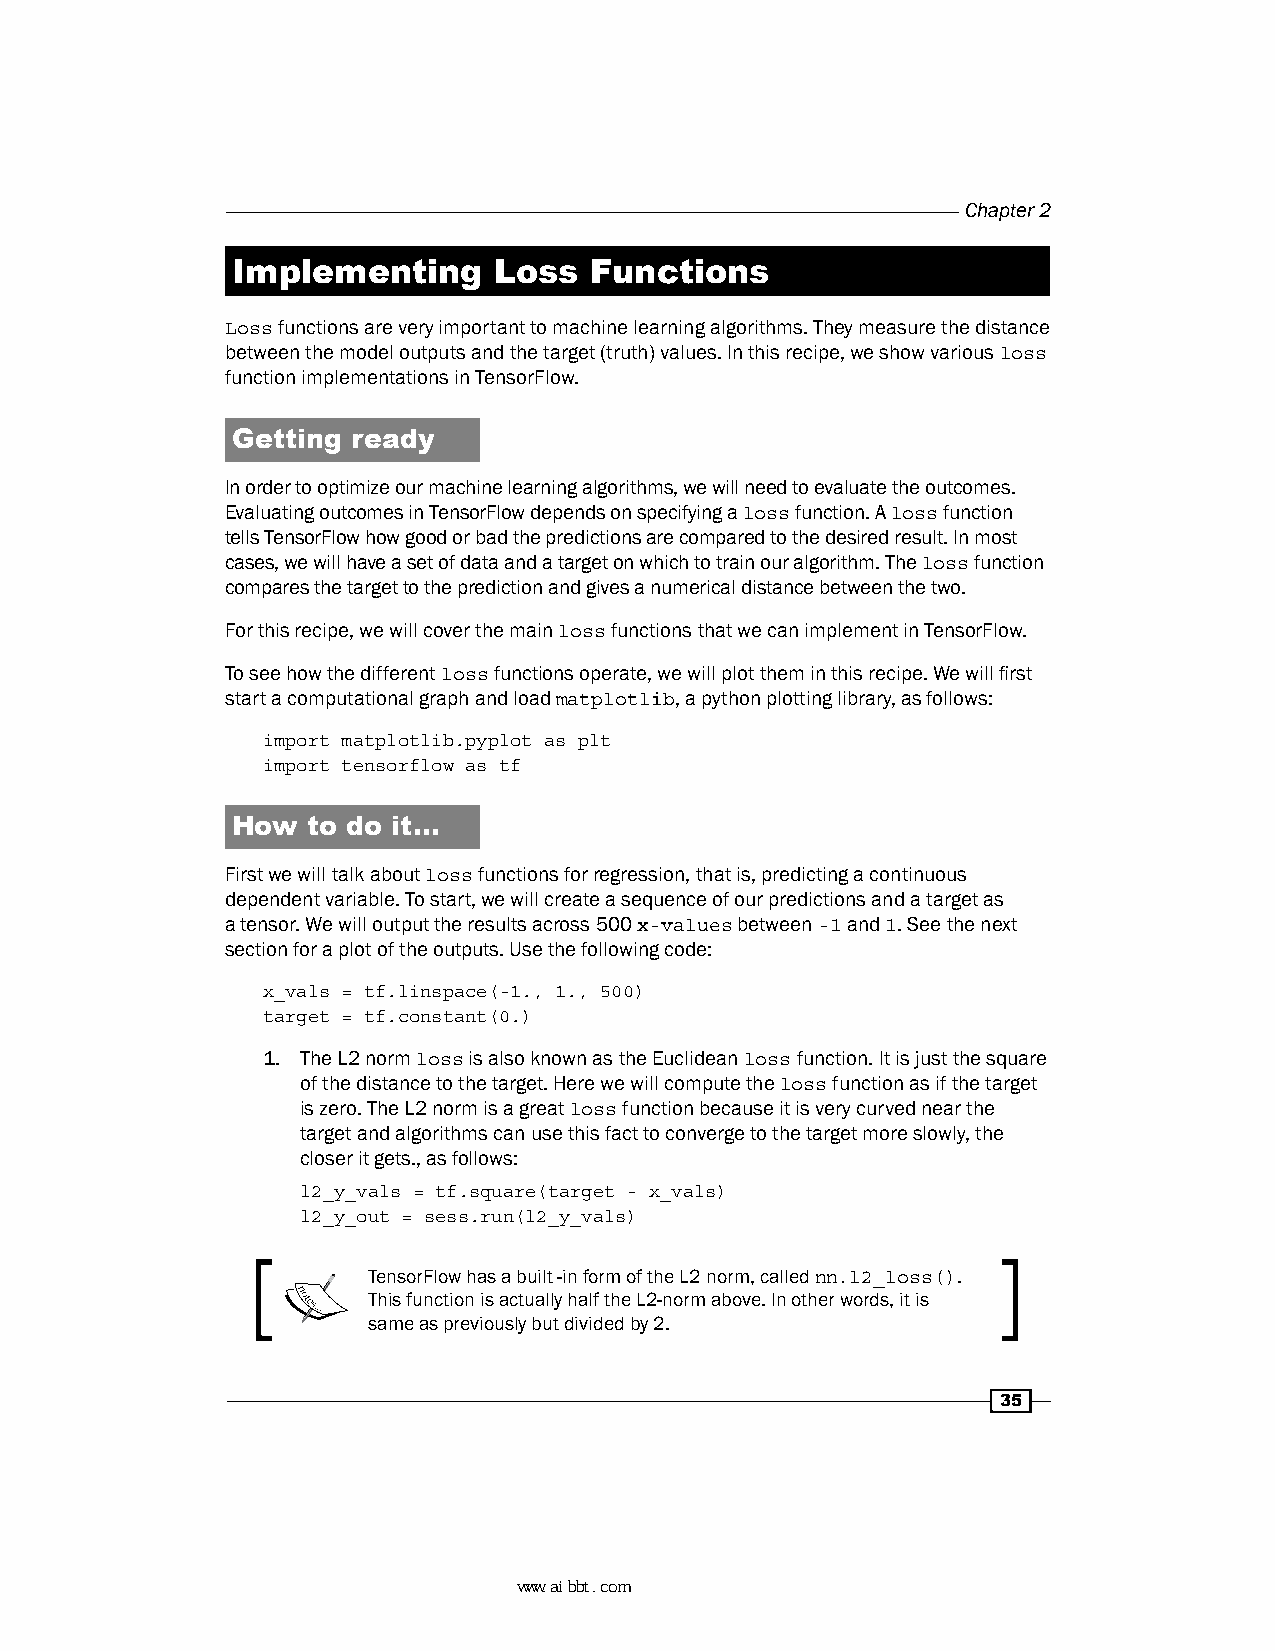
Chapter 2
 Implementing      Loss  Functions
 Loss functions are very important to machine learning algorithms. They measure the distance
 between the model outputs and the target (truth) values. In this recipe, we show various loss
 function implementations in TensorFlow.
 Getting ready
 In order to optimize our machine learning algorithms, we will need to evaluate the outcomes.
 Evaluating outcomes in TensorFlow depends on specifying a loss function. A loss function
 tells TensorFlow how good or bad the predictions are compared to the desired result. In most
 cases, we will have a set of data and a target on which to train our algorithm. The loss function
 compares the target to the prediction and gives a numerical distance between the two.
 For this recipe, we will cover the main loss functions that we can implement in TensorFlow.
 To see how the different loss functions operate, we will plot them in this recipe. We will first
 start a computational graph and load matplotlib, a python plotting library, as follows:
 import matplotlib.pyplot as plt
 import tensorflow as tf
 How  to do it…
 First we will talk about loss functions for regression, that is, predicting a continuous
 dependent variable. To start, we will create a sequence of our predictions and a target as
 a tensor. We will output the results across 500 x-values between -1 and 1. See the next
 section for a plot of the outputs. Use the following code:
 x_vals = tf.linspace(-1., 1., 500)
 target = tf.constant(0.)
 1. The L2 norm loss is also known as the Euclidean loss function. It is just the square
 of the distance to the target. Here we will compute the loss function as if the target
 is zero. The L2 norm is a great loss function because it is very curved near the
 target and algorithms can use this fact to converge to the target more slowly, the
 closer it gets., as follows:
 l2_y_vals = tf.square(target - x_vals)
 l2_y_out = sess.run(l2_y_vals)
 TensorFlow has a built -in form of the L2 norm, called nn.l2_loss().
 This function is actually half the L2-norm above. In other words, it is
 same as previously but divided by 2.
 35
 www.aibbt.com 让未来触手可及